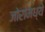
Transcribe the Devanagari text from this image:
जोरांमध्ये